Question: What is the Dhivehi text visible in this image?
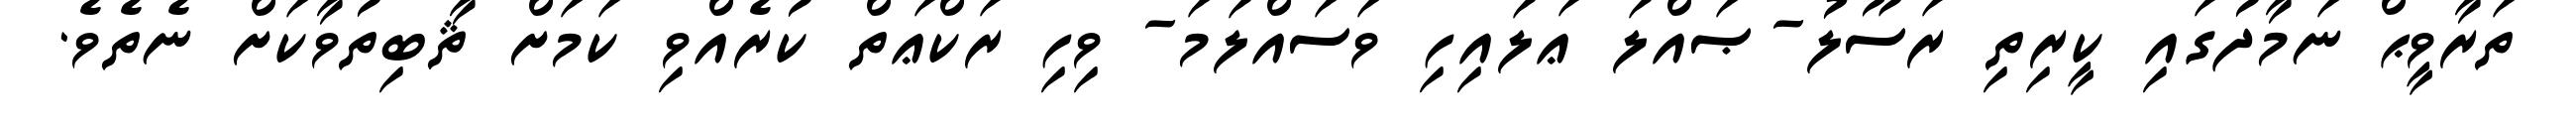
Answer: ތަރާވީޙް ނަމާދުގައި ކީރިތި ރަސޫލު-ޞައްލަ ޢަލައިހި ވަސައްލަމަ- ވިހި ރަކްޢަތް ކުރެއްވި ކަމަށް ޘާބިތުވާކަށް ނެތެވެ.